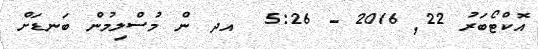
އޮކްޓޯބަރު 22